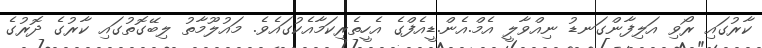
ކާރުގައި ރޯވި އަލިފާންގަނޑު ނިއްވާލީ އެމް.އެން.ޑީއެފްގެ އެހީތެރިކަމާއެކުގައެވެ. މައުލޫމާތު ލިބޭގޮތުގައި ކާރުގެ ދޮރުގެ